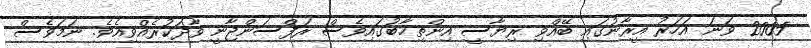
2005 ވަނަ އަހަރު އީރާނުގައި ބޭއްވި ރިޔާސީ އިންތިޚާބުގައިވެސް ރަފްސަންޖާނީ ވާދަކުރެއްވިއެވެ. ނަމަވެސް